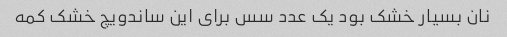
نان بسیار خشک بود یک عدد سس برای این ساندویچ خشک کمه